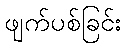
ဖျက်ပစ်ခြင်း